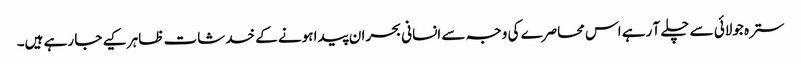
سترہ جولائی سے چلے آ رہے اس محاصرے کی وجہ سے انسانی بحران پیدا ہونے کے خدشات ظاہر کیے جا رہے ہیں۔